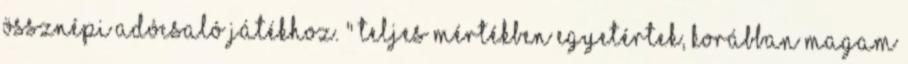
össznépi adócsaló játékhoz. " Teljes mértékben egyetértek, korábban magam